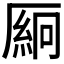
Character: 𫨛